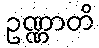
ဥဏ္ဏာတိ